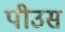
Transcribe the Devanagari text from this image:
पीउस